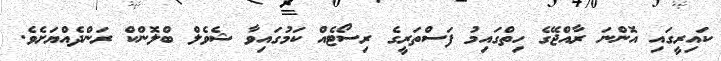
ކައިރީގައި އޮންނަ ރާއްޖޭގެ ހިތްގައިމު ފަސްތަރީގެ ރިސޯޓެއް ކަމުގައިވާ ޝެވެލް ބްލޮންކް ރަންދެއްޔަށެވެ.